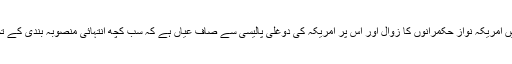
مشرق وسطی میں امریکہ نواز حکمرانوں کا زوال اور اس پر امریکہ کی دوغلی پالیسی سے صاف عیاں ہے کہ سب کچھ انتہائی منصوبہ بندی کے تحت کیا گیا ہے ۔